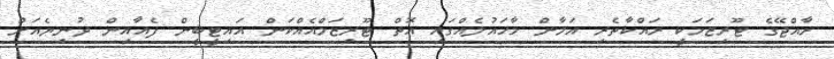
ރާއްޖޭގެ ޓޫރިޒަމަކީ ރައްކާތެރި އަމާން މާހައުލެއްގައި އޮތް ޓޫރިޒަމްއެއްކަން އައިޓީބީން ފެއާއިން ދުނިޔެއަށް